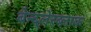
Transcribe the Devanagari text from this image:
बेन्द्लेरब्लाक